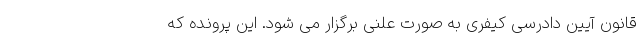
قانون آیین دادرسی کیفری به صورت علنی برگزار می شود. این پرونده که